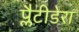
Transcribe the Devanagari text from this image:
प्लैटीडेरा